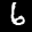
Label: 6